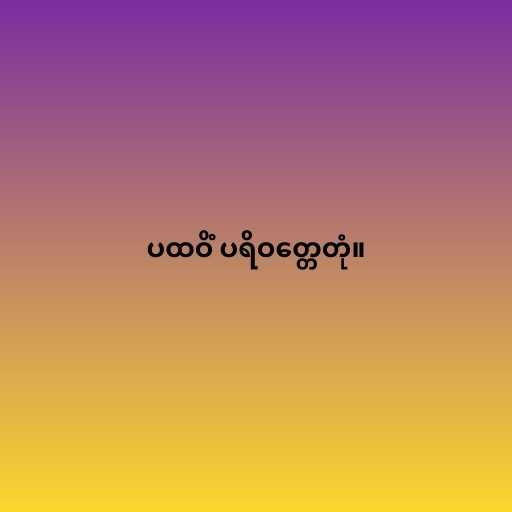
ပထဝိံ ပရိဝတ္တေတုံ။